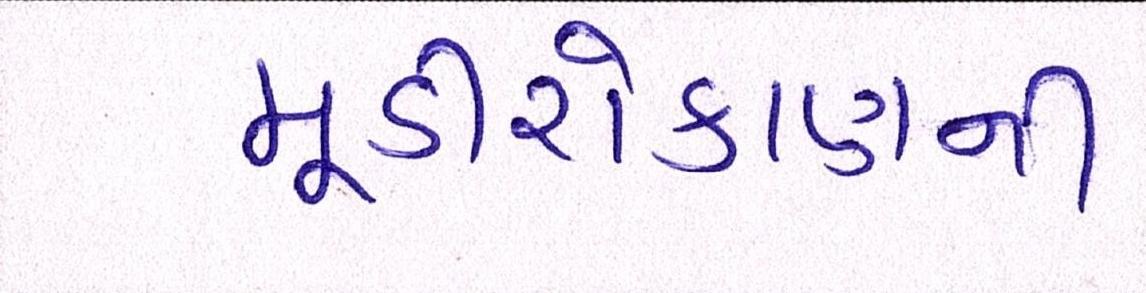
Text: મૂડીરોકાણની